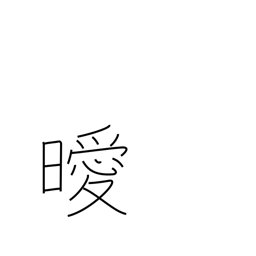
Meaning: not clear